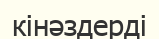
кінәздерді